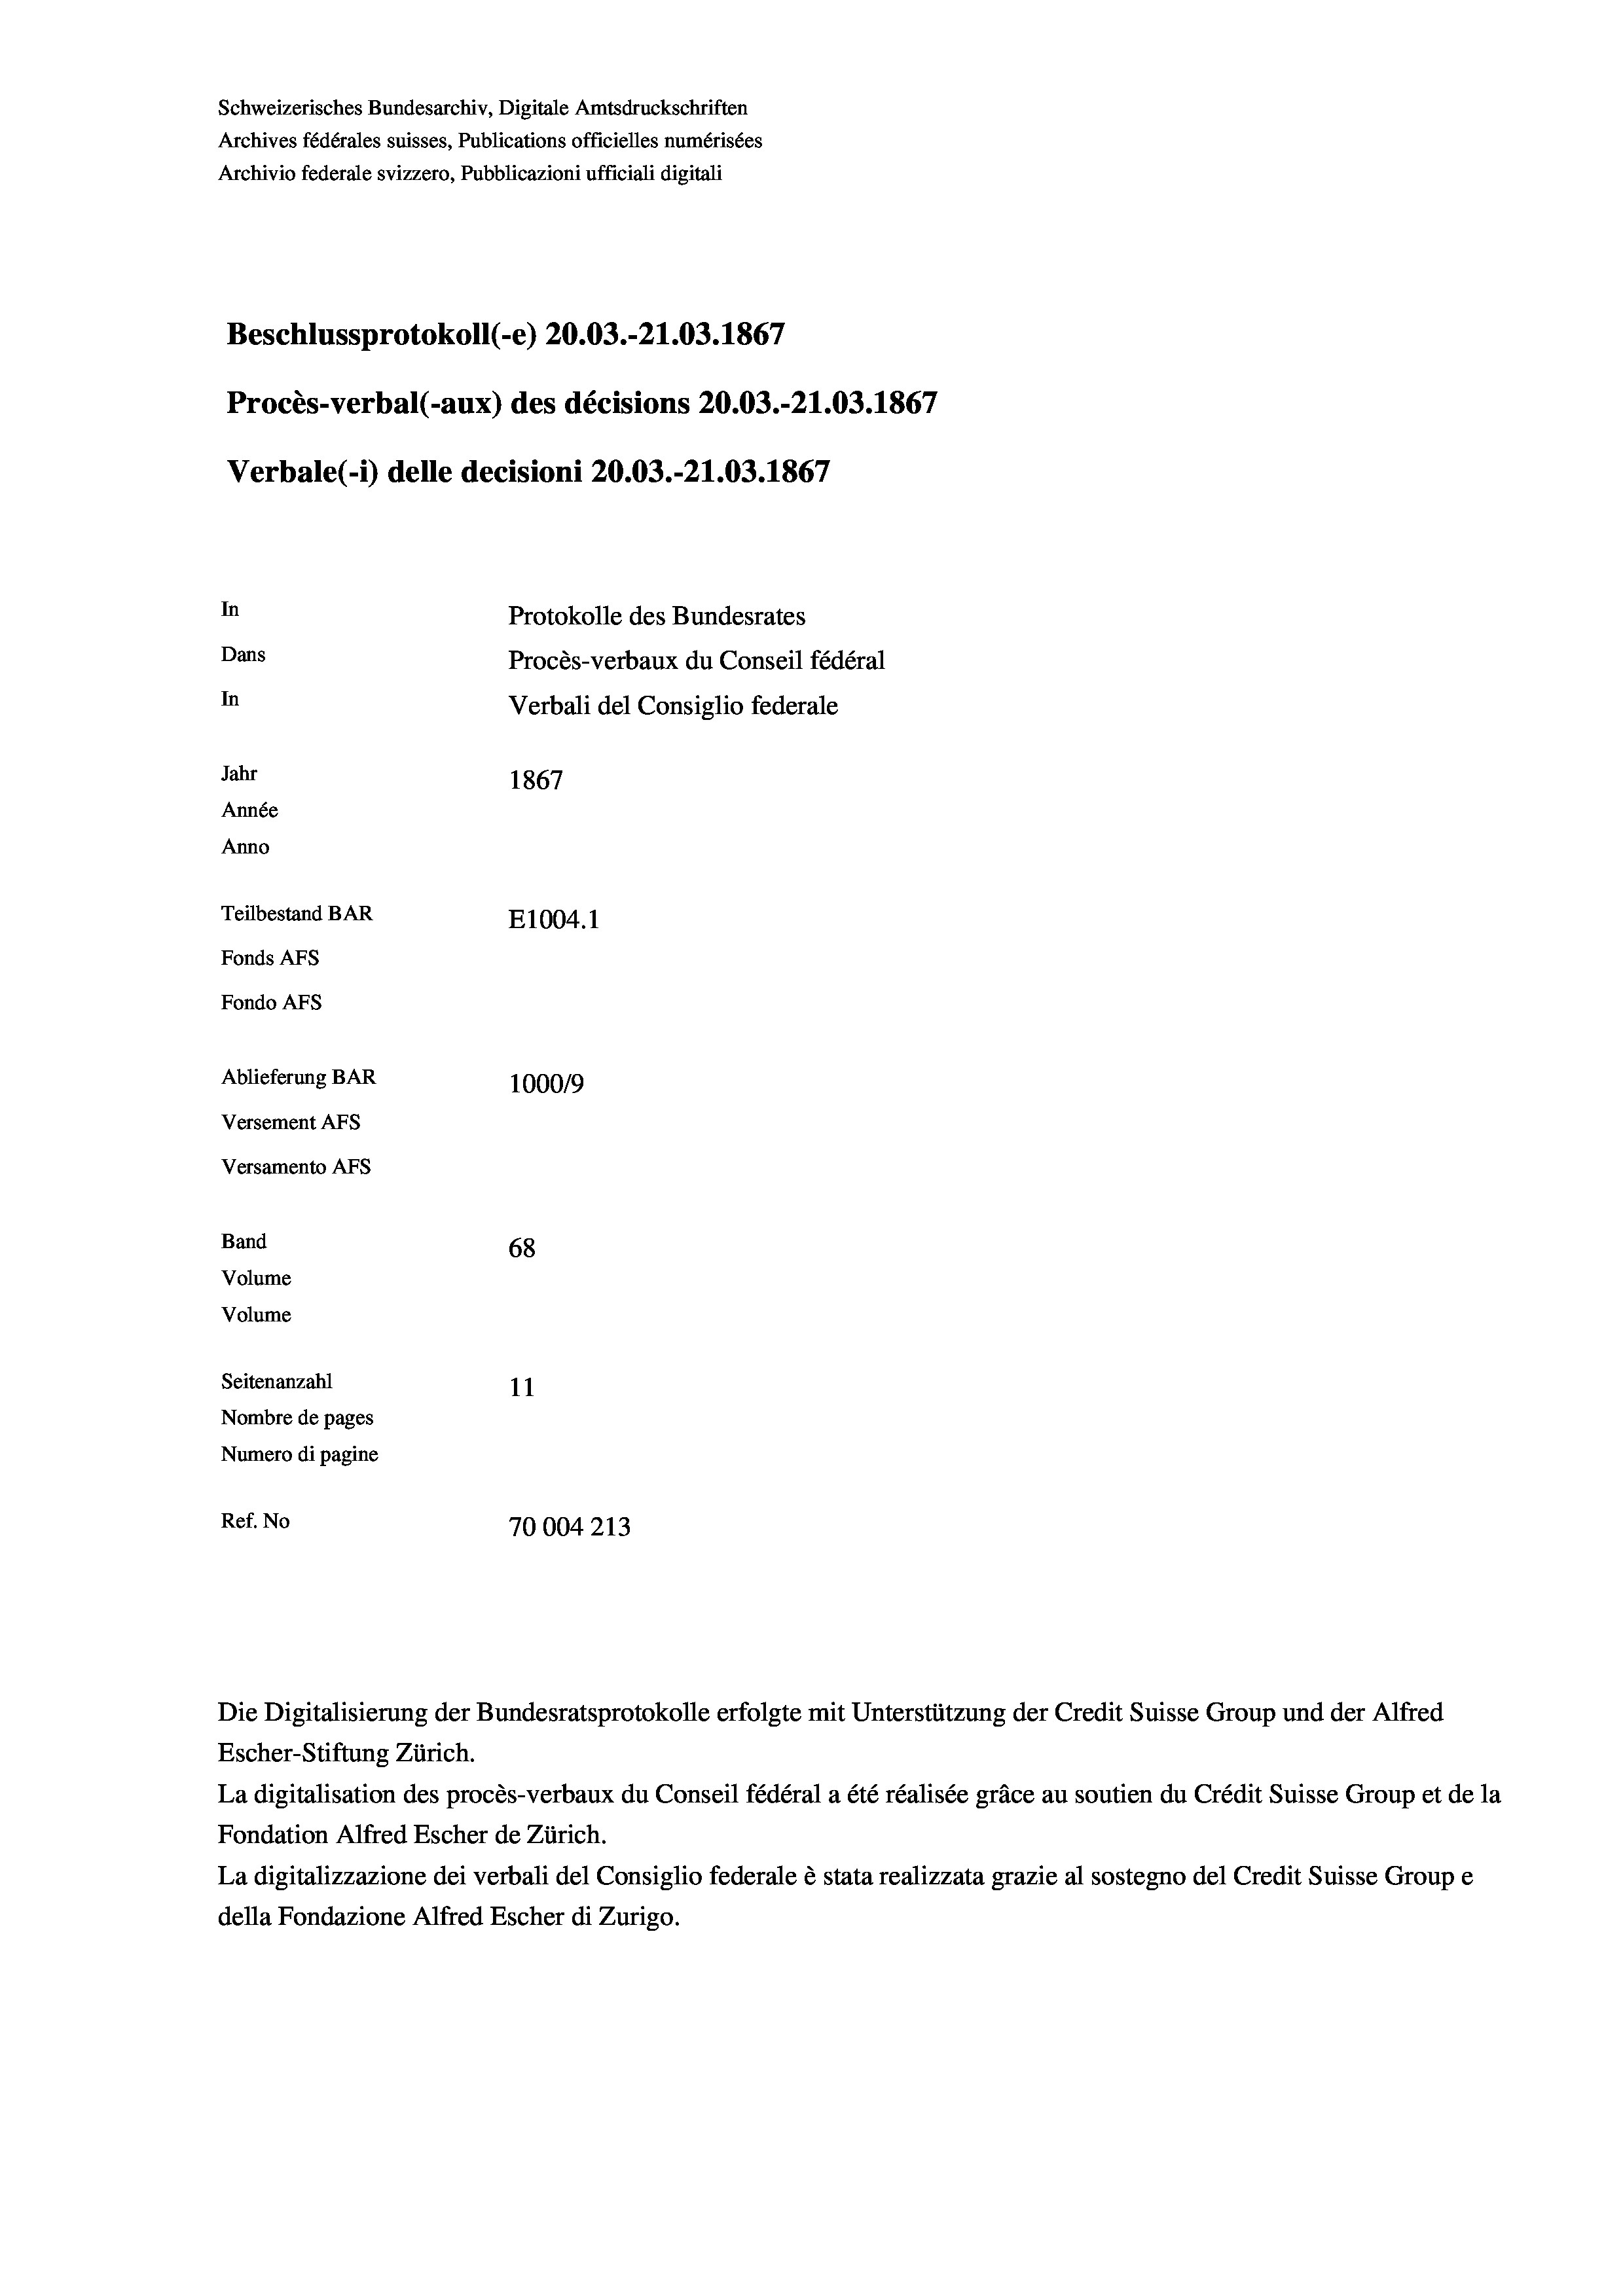
Schweizerisches Bundesarchiv, Digitale Amtsdruckschriften
Archives fédérales suisses, Publications officielles numérisées
Archivio federale svizzero, Pubblicazioni ufficiali digitali
Beschlussprotokoll (e) 20.03.-21.03. 1867
Procès-verbal (-aux) des décisions 20.03.-21.03. 1867
Verbale(-*) delle decisioni 20.03.-21.03. 1867
In
Protokolle des Bundesrates
Dans
Procès-verbaux du Conseil fédéral
In
Verbali del Consiglio federale
Jahr
1867
Année
Anno
Teilbestand BAR
E1004.1
Fonds AFs
Fondo AFS
Ablieferung BAR
100019
Versement AFs
Versamento AFs

68
Seitenanzahl
11
Nombre de pages
Numero di pagine
Ref. No
70004213

Band
Volume
Volume

Escher-Stiftung Zürich.
La digitalisation des procès-verbaux du Conseil fédéral a été réalisée gräce au soutien du Crédit Suisse Group et de la
Fondation Alfred Escher de Zürich.
La digitalizzazione dei verbali del Consiglio federale è stata realizzata grazie al sostegno del Credit Suisse Groupe
della Fondazione Alfred Escher di Zurigo.

Die Digitalisierung der Bundesratsprotokolle erfolgte mit Unterstützung der Credit Suisse Group und der Alfred